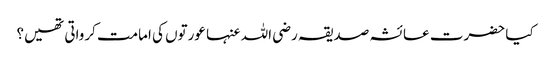
کیا حضرت عائشہ صدیقہ رضی اللہ عنہا عورتوں کی امامت کرواتی تھیں؟